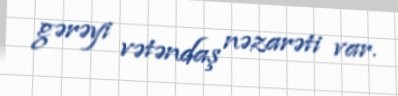
gərəyi vətəndaş nəzarəti var.